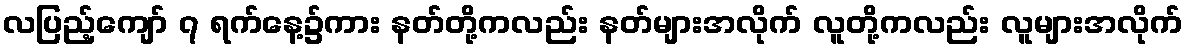
လပြည့်ကျော် ၇ ရက်နေ့၌ကား နတ်တို့ကလည်း နတ်များအလိုက် လူတို့ကလည်း လူများအလိုက်